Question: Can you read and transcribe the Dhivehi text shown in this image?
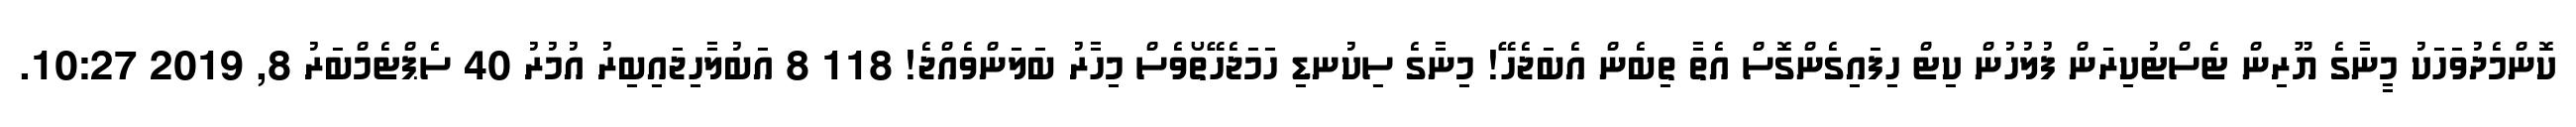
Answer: ކޮންމެދުވަހަކު މީނާގެ ޔޫރިން ޓެސްޓުކިރަން ފުލުހުން ކިޓް ހިފައިގެންގޮސް އެތާ ތިބެން އެބަޖެހޭ! މިނާގެ ސިކުނޑި ހަމަޖެހޭތޯވެސް މިހާރު ބަލަންވެއްޖެ! 118 8 އަބުލާހިޖައިބިރު އުމުރު 40 ސެޕްޓެމްބަރު 8, 2019 10:27.